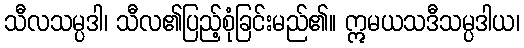
သီလသမ္ပဒါ၊ သီလ၏ပြည့်စုံခြင်းမည်၏။ ဣမယသဒီသမ္ပဒါယ၊